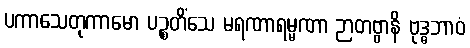
ပကာသေတုကာမော ပဉ္စတိံသေ မရဏာရမ္မဏာ ဉာတဗ္ဗာနိ ဗုဒ္ဓဘာဝံ